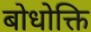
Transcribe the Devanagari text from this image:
बोधोक्ति